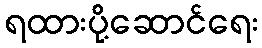
ရထားပို့ဆောင်ရေး